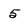
Character: 5